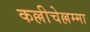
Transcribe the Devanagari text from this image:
कल्लीचेल्लम्मा